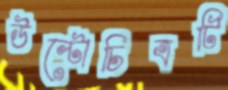
উল্টোচিত্রটি